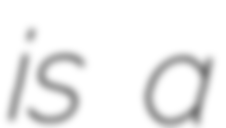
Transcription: is a